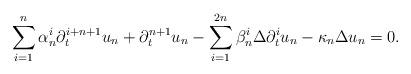
LaTeX: \begin{align*}\sum_{i=1}^n \alpha_n^i\partial_t^{i+n+1}u_{n}+\partial_t^{n+1}u_{n}-\sum_{i=1}^{2n}\beta_n^i\Delta \partial_t^i u_n-\kappa_n\Delta u_n=0.\end{align*}